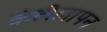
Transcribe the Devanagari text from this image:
कंटीलापन